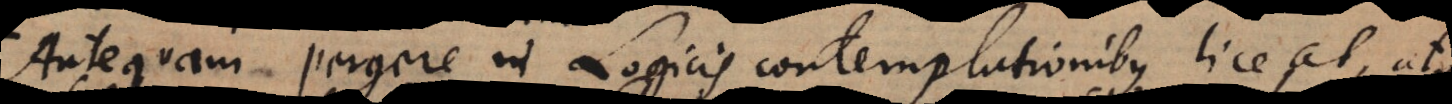
Antequam pergere in Logicis contemplationibus liceat, atque